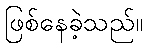
ဖြစ်နေခဲ့သည်။